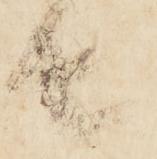
者